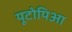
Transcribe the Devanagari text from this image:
यूटोपिआ